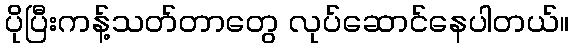
ပိုပြီးကန့်သတ်တာတွေ လုပ်ဆောင်နေပါတယ်။